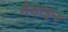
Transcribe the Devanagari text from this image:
नैडाइन